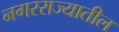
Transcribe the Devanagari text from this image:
नगरराज्यातील